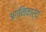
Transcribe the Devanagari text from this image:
अग्निकार्य